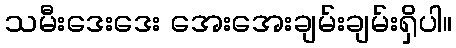
သမီးဒေးဒေး အေးအေးချမ်းချမ်းရှိပါ။